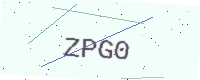
Text: ZPG0